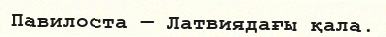
Павилоста — Латвиядағы қала.